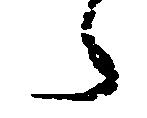
々